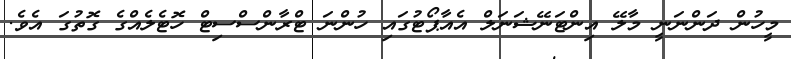
މީހުން ދަންނަނީ މާލޭ އިންޓަނޭޝަނަލް އެއާޕޯޓުގައި ހުންނަ ޓްރާންސްސިޓް ހޮޓެލެއްގެ ގޮތުގަ އެވެ.